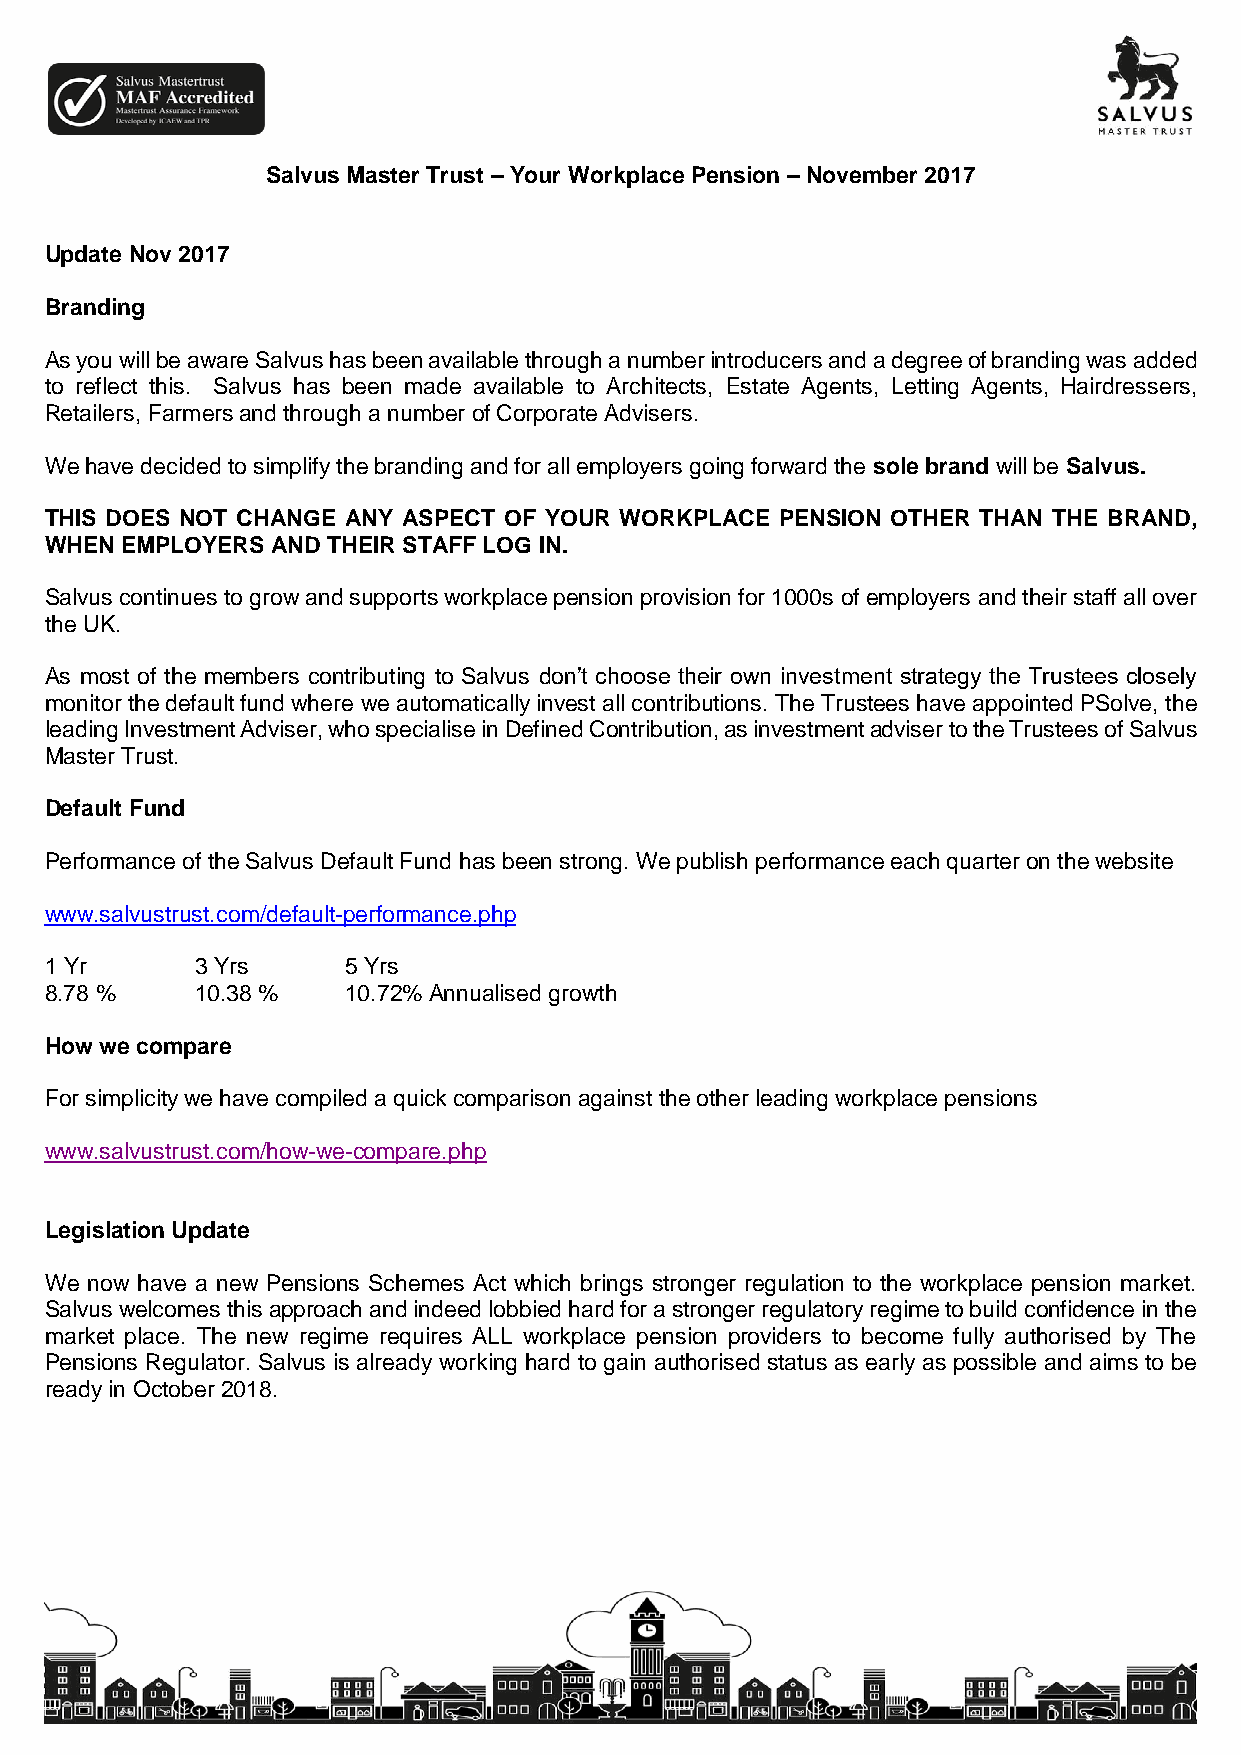
Salvus Master Trust – Your Workplace Pension – November 2017
 Update Nov 2017
 Branding
 As you will be aware Salvus has been available through a number introducers and a degree of branding was added
 to reflect this. Salvus has been made available to Architects, Estate Agents, Letting Agents, Hairdressers,
 Retailers, Farmers and through a number of Corporate Advisers.
 We have decided to simplify the branding and for all employers going forward the sole brand will be Salvus.
 THIS DOES NOT CHANGE ANY ASPECT OF YOUR WORKPLACE PENSION OTHER THAN THE BRAND,
 WHEN EMPLOYERS AND THEIR STAFF LOG IN.
 Salvus continues to grow and supports workplace pension provision for 1000s of employers and their staff all over
 the UK.
 As most of the members contributing to Salvus don’t choose their own investment strategy the Trustees closely
 monitor the default fund where we automatically invest all contributions. The Trustees have appointed PSolve, the
 leading Investment Adviser, who specialise in Defined Contribution, as investment adviser to the Trustees of Salvus
 Master Trust.
 Default Fund
 Performance of the Salvus Default Fund has been strong. We publish performance each quarter on the website
 www.salvustrust.com/default-performance.php
 1 Yr      3 Yrs     5 Yrs
 8.78 %    10.38 %   10.72% Annualised growth
 How we compare
 For simplicity we have compiled a quick comparison against the other leading workplace pensions
 www.salvustrust.com/how-we-compare.php
 Legislation Update
 We now have a new Pensions Schemes Act which brings stronger regulation to the workplace pension market.
 Salvus welcomes this approach and indeed lobbied hard for a stronger regulatory regime to build confidence in the
 market place. The new regime requires ALL workplace pension providers to become fully authorised by The
 Pensions Regulator. Salvus is already working hard to gain authorised status as early as possible and aims to be
 ready in October 2018.